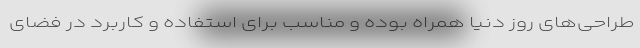
طراحی‌های روز دنیا همراه بوده و مناسب برای استفاده و کاربرد در فضای